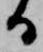
る